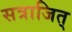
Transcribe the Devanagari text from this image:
सत्राजित्